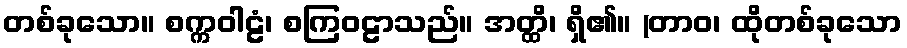
တစ်ခုသော။ စက္ကဝါဠံ၊ စကြဝဠာသည်။ အတ္ထိ၊ ရှိ၏။ (တာဝ၊ ထိုတစ်ခုသော